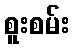
စူးစမ်း